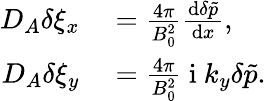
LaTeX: \begin{array}{rl}{D_{A}\delta\xi_{x}}&{{}=\frac{4\pi}{B_{0}^{2}}\frac{\textrm{d}\delta\tilde{p}}{\textrm{d}x},}\\ {D_{A}\delta\xi_{y}}&{{}=\frac{4\pi}{B_{0}^{2}}\mathrm{~i~}k_{y}\delta\tilde{p}.}\end{array}